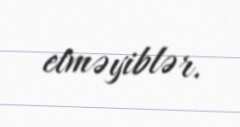
etməyiblər.